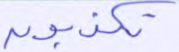
تكذبون